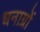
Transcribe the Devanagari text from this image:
धनाग्रों